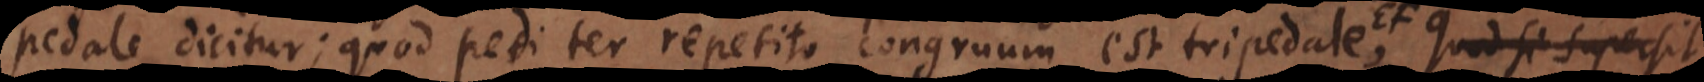
pedale dicitur; quod pedi ter repetito congruum est tripedale EF, et pes